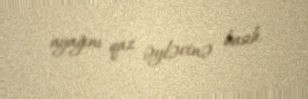
ayağını qaz əyləcinə basıb.